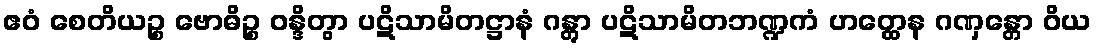
ဧဝံ စေတိယဉ္စ ဗောဓိဉ္စ ဝန္ဒိတွာ ပဋိသာမိတဋ္ဌာနံ ဂန္တွာ ပဋိသာမိတဘဏ္ဍကံ ဟတ္ထေန ဂဏှန္တော ဝိယ